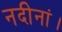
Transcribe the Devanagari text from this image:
नदीनां।